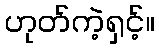
ဟုတ်ကဲ့ရှင့်။